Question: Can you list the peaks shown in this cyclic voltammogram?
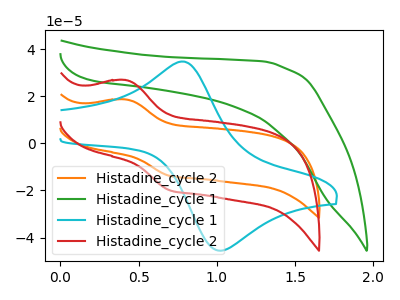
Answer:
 <answer>The orange curve "Histadine_cycle 2" has an anodic peak at (0.40V, 18.60uA) and a cathodic peak at (0.70V, -13.75uA). The green curve "Histadine_cycle 1" has no peaks. The cyan curve "Histadine_cycle 1" has an anodic peak at (0.80V, 34.70uA) and a cathodic peak at (1.00V, -45.40uA). The red curve "Histadine_cycle 2" has an anodic peak at (0.40V, 26.85uA) and a cathodic peak at (0.70V, -19.85uA).</answer>
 <eval></eval>